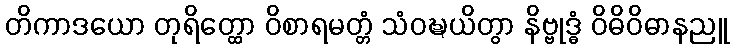
တိကာဒယော တုရိတ္ထော ဝိစာရမတ္တံ သံဝဍ္ဎယိတွာ နိဗ္ဗုဒ္ဓံ ဝိဓိဝိဓာနညူ